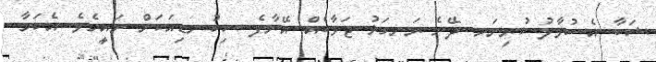
ޝަބާ އެސުވާލު ކުރިނަމ ދޭނެ ރަނގަޅު ޖަވާބެއް އޭނާފެ ސިކުނޑިއަކަށް ނައީހެވެ. އެކަމާ